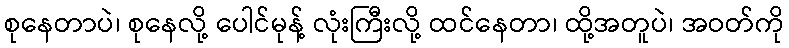
စုနေတာပဲ၊ စုနေလို့ ပေါင်မုန့် လုံးကြီးလို့ ထင်နေတာ၊ ထို့အတူပဲ၊ အဝတ်ကို